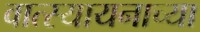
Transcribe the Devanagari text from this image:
वात्स्यायनाच्या